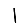
Digit: 1